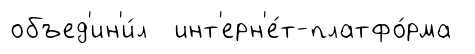
объед'ин'и́л инт'ерн'е́т-платфо́рма